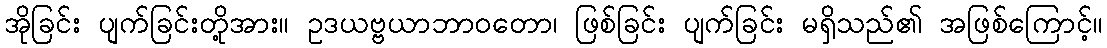
အိုခြင်း ပျက်ခြင်းတို့အား။ ဥဒယဗ္ဗယာဘာဝတော၊ ဖြစ်ခြင်း ပျက်ခြင်း မရှိသည်၏ အဖြစ်ကြောင့်။